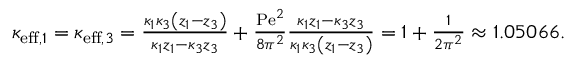
\begin{array} { r l } & { \kappa _ { \mathrm { e f f } , 1 } = \kappa _ { \mathrm { e f f } , 3 } = \frac { \kappa _ { 1 } \kappa _ { 3 } \left( z _ { 1 } - z _ { 3 } \right) } { \kappa _ { 1 } z _ { 1 } - \kappa _ { 3 } z _ { 3 } } + \frac { \mathrm { P e } ^ { 2 } } { 8 \pi ^ { 2 } } \frac { \kappa _ { 1 } z _ { 1 } - \kappa _ { 3 } z _ { 3 } } { \kappa _ { 1 } \kappa _ { 3 } \left( z _ { 1 } - z _ { 3 } \right) } = 1 + \frac { 1 } { 2 \pi ^ { 2 } } \approx 1 . 0 5 0 6 6 . } \end{array}